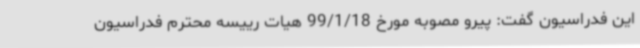
این فدراسیون گفت: پیرو مصوبه مورخ 99/1/18 هیات رییسه محترم فدراسیون